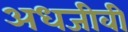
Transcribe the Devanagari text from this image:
अधजीवी